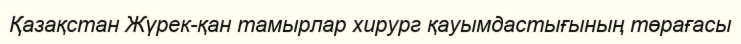
Қазақстан Жүрек-қан тамырлар хирург қауымдастығының төрағасы